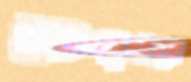
ইটপাথরে